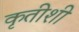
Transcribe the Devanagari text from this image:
कृतीशी